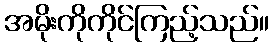
အမိုးကိုကိုင်ကြည့်သည်။